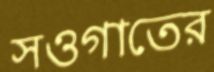
সওগাতের